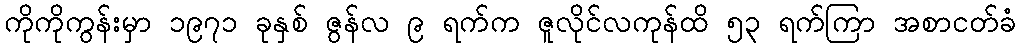
ကိုကိုကွန်းမှာ ၁၉၇၁ ခုနှစ် ဇွန်လ ၉ ရက်က ဇူလိုင်လကုန်ထိ ၅၃ ရက်ကြာ အစာငတ်ခံ